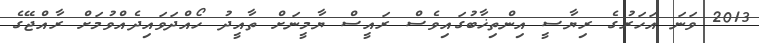
2013 ވަނަ އަަހަރުގެ ރިޔާސީ އިންތިޚާބުގަައިވެސް ރައީސް ޔާމީނަށް ތާއީދު ހޯއްދަވައިދެއްވުމަށް ރާއްޖޭގެ